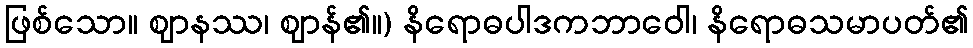
ဖြစ်သော။ ဈာနဿ၊ ဈာန်၏။) နိရောဓပါဒကဘာဝေါ၊ နိရောဓသမာပတ်၏